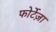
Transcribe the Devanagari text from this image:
फोर्टेज़ा